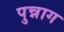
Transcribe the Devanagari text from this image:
पुन्नाग